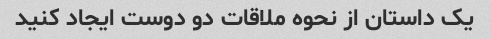
یک داستان از نحوه ملاقات دو دوست ایجاد کنید